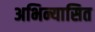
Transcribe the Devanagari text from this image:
अभिन्यासित